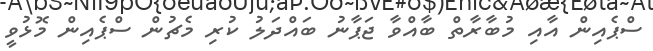
ސްޕެއިން އާއި މުބާރާތް ބާއްވާ ޖަޕާނު ބައްދަލު ކުރި މެޗުން ސްޕެއިން މޮޅުވީ